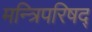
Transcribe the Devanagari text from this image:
मन्त्रिपरिषद्‍